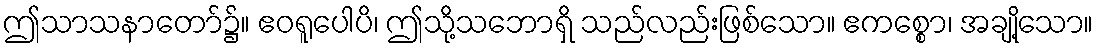
ဤသာသနာတော်၌။ ဧဝရူပေါပိ၊ ဤသို့သဘောရှိ သည်လည်းဖြစ်သော။ ဧကစ္စော၊ အချို့သော။